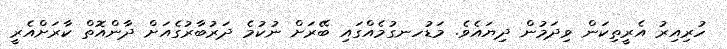
ހުރިއިރު އެރީތިކަން ވިދަމުން ދިޔައެވެ. މަޑުހނގުމެއްގައި ބޭރަށް ނުކުމެ ދަރުބާރުގެއަށް ދާންއޮތް ކާރަށްއެރީ